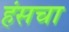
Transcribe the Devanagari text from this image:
हंसचा